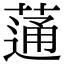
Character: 蓪